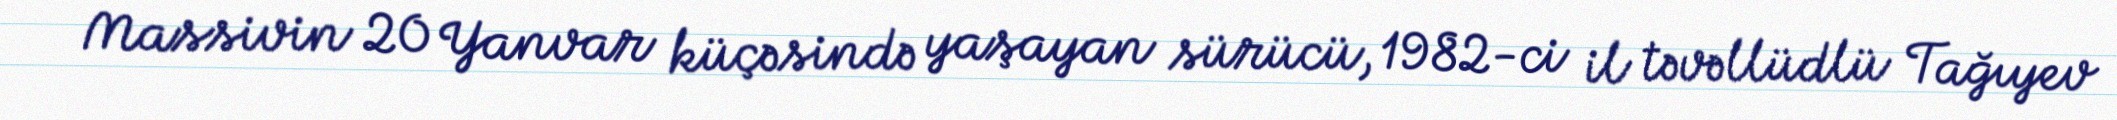
Massivin 20 Yanvar küçəsində yaşayan sürücü, 1982-ci il təvəllüdlü Tağıyev